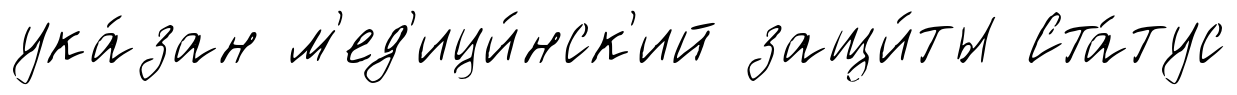
ука́зан м'ед'ици́нск'ий защи́ты Ста́тус